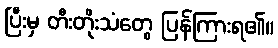
ပြီးမှ တီးတိုးသံတွေ ပြန်ကြားရ၏။